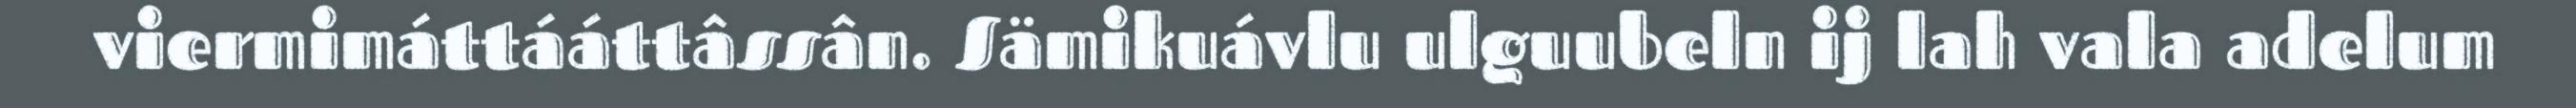
viermimáttááttâssân. Sämikuávlu ulguubeln ij lah vala adelum